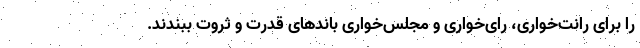
را برای رانت‌خواری، رای‌خواری و مجلس‌خواری باندهای قدرت و ثروت ببندند.